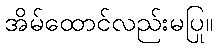
အိမ်ထောင်လည်းမပြု။